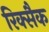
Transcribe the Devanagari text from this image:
रिक्सैक